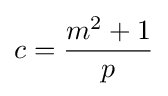
c={\frac {m^{2}+1}{p}}